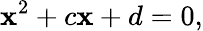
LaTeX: \mathbf{x}^{2}+c\mathbf{x}+d=0,